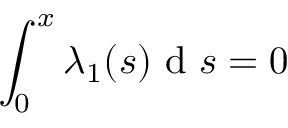
\int _ { 0 } ^ { x } \lambda _ { 1 } ( s ) \mathrm { ~ d ~ } s = 0